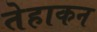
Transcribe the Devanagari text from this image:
तेहाकन